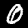
Digit: 0